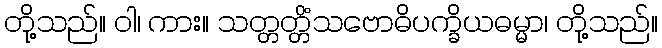
တို့သည်။ ဝါ၊ ကား။ သတ္တတ္တိံသဗောဓိပက္ခိယဓမ္မာ၊ တို့သည်။